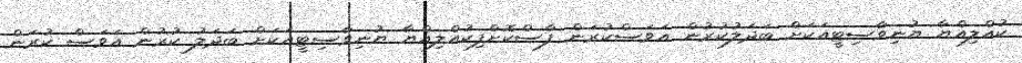
ކުއްލިއްޔާ ޔުނިވާސިޓީއަކަށް ބަދަލުކުރުން އަވަސްކުރަން ފާސްކޮށްފިކުއްލިއްޔާ ޔުނިވާސިޓީއަކަށް ބަދަލު ކުރުން އަވަސް ކުރަން